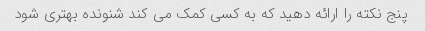
پنج نکته را ارائه دهید که به کسی کمک می کند شنونده بهتری شود